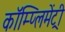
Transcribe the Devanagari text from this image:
कॉम्‍प्‍लिमेंट्री